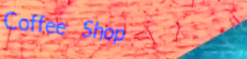
Coffee Shop